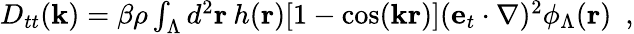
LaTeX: \begin{array}{r}{D_{tt}({\mathbf k})=\beta\rho\int_{\Lambda}d^{2}{\mathbf r}\: h({\mathbf r})[1-\cos({\mathbf k}{\mathbf r})]({\mathbf e}_{t}\cdot\nabla)^{2}\phi_{\Lambda}({\mathbf r})~~,}\end{array}